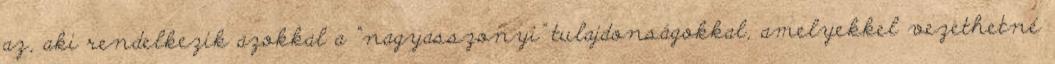
az, aki rendelkezik azokkal a “nagyasszonyi” tulajdonságokkal, amelyekkel vezethetné